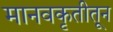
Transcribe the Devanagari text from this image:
मानवकृतीतून